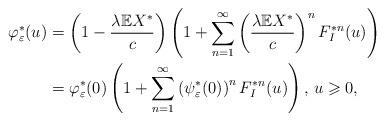
LaTeX: \begin{align*}\varphi_\varepsilon^*(u)&=\left(1-\frac{\lambda \mathbb{E}X^*}{c}\right)\left(1+\sum_{n=1}^{\infty}\left(\frac{\lambda \mathbb{E}X^*}{c}\right)^nF_I^{*n}(u)\right)\\&=\varphi_\varepsilon^*(0)\left(1+\sum_{n=1}^{\infty}\left(\psi_\varepsilon^*(0)\right)^nF_I^{*n}(u)\right),\,u\geqslant 0,\end{align*}